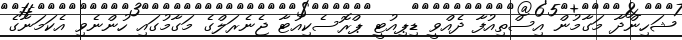
ޝަހިންދާ މަގާމުން އިސްތިއުފާ ދެއްވީ ޑިޕިއުޓީ ޕްރޮސެކިއުޓާ ޖެނެރަލްގެ މަގާމުގައި ހުންނެވި އެކަމަނާގެ